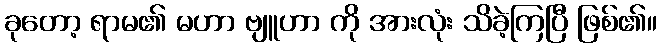
ခုတော့ ရာမ၏ မဟာ ဗျူဟာ ကို အားလုံး သိခဲ့ကြပြီ ဖြစ်၏။